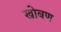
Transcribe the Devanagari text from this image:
खोबण